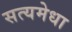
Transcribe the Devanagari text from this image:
सत्यमेधा